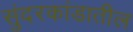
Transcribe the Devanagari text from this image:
सुंदरकांडातील